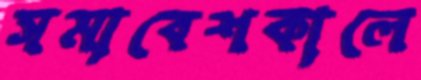
সমাবেশকালে